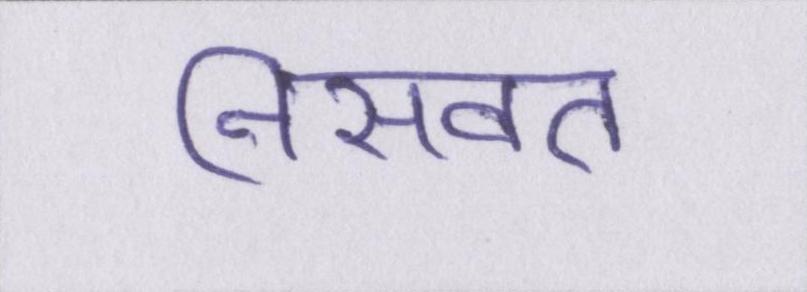
निसवत